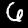
Label: 6